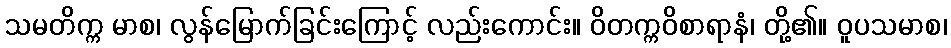
သမတိက္က မာစ၊ လွန်မြောက်ခြင်းကြောင့် လည်းကောင်း။ ဝိတက္ကဝိစာရာနံ၊ တို့၏။ ဝူပသမာစ၊